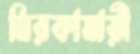
মিরকামারী